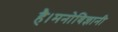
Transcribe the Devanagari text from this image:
है।मनोविज्ञानी